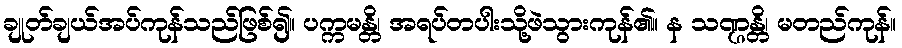
ချုတ်ချယ်အပ်ကုန်သည်ဖြစ်၍။ ပက္ကမန္တိ၊ အရပ်တပါးသို့ဖဲသွားကုန်၏။ န သဏ္ဌန္တိ၊ မတည်ကုန်။